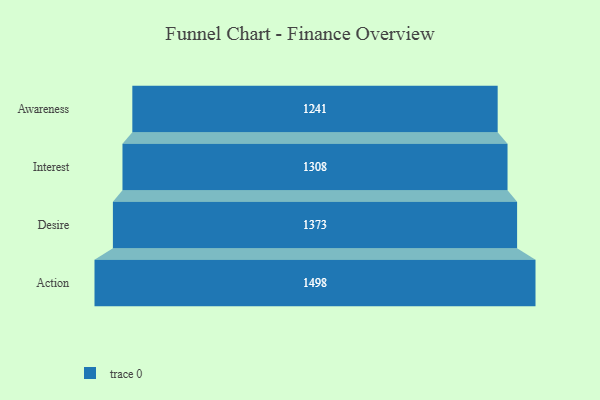
{"axis": {"x": "Stage", "y": "Value"}, "legend": [""], "data": [{"x": "Awareness", "y": 1241.0, "type": ""}, {"x": "Interest", "y": 1308.0, "type": ""}, {"x": "Desire", "y": 1373.0, "type": ""}, {"x": "Action", "y": 1498.0, "type": ""}]}